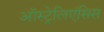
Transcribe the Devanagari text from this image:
ऑस्ट्रेलिएंसिस